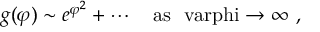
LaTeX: g ( \varphi ) \sim e ^ { \varphi ^ { 2 } } + \cdots \quad \mathrm { a s ~ \ v a r p h i \to \infty ~ , }